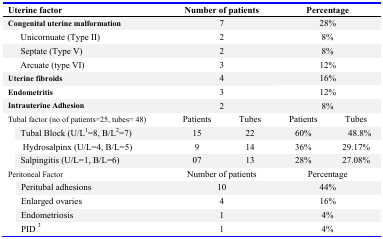
| Uterine factor | <COLSPAN=2> Number of patients | <COLSPAN=2> Percentage |
 | --- | --- | --- | --- | --- |
 | Congenital uterine malformation | <COLSPAN=2> 7 | <COLSPAN=2> 28% |
 | Unicornuate (Type II) | <COLSPAN=2> 2 | <COLSPAN=2> 8% |
 | Septate (Type V) | <COLSPAN=2> 2 | <COLSPAN=2> 8% |
 | Arcuate (type VI) | <COLSPAN=2> 3 | <COLSPAN=2> 12% |
 | Uterine fibroids | <COLSPAN=2> 4 | <COLSPAN=2> 16% |
 | Endometritis | <COLSPAN=2> 3 | <COLSPAN=2> 12% |
 | Intrauterine Adhesion | <COLSPAN=2> 2 | <COLSPAN=2> 8% |
 | Tubal factor (no of patients=25, tubes= 48) | Patients | Tubes | Patients | Tubes |
 | Tubal Block (U/L1=8, B/L2=7) | 15 | 22 | 60% | 48.8% |
 | Hydrosalpinx (U/L=4, B/L=5) | 9 | 14 | 36% | 29.17% |
 | Salpingitis (U/L=1, B/L=6) | 07 | 13 | 28% | 27.08% |
 | Peritoneal Factor | <COLSPAN=2> Number of patients | <COLSPAN=2> Percentage |
 | Peritubal adhesions | <COLSPAN=2> 10 | <COLSPAN=2> 44% |
 | Enlarged ovaries | <COLSPAN=2> 4 | <COLSPAN=2> 16% |
 | Endometriosis | <COLSPAN=2> 1 | <COLSPAN=2> 4% |
 | PID3 | <COLSPAN=2> 1 | <COLSPAN=2> 4% |